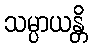
သမ္ပာယန္တိ